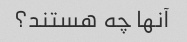
آنها چه هستند؟